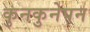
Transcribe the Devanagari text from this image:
कुनकुनेपन